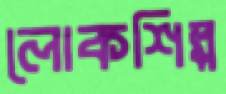
লোকশিল্প